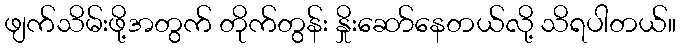
ဖျက်သိမ်းဖို့အတွက် တိုက်တွန်း နှိုးဆော်နေတယ်လို့ သိရပါတယ်။